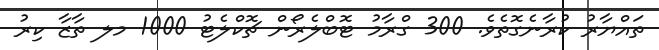
ތައްޔާރު ކުރާނެގޮތެވެ. 300 ގްރާމު ޓޮބްލެރޯން ޗޮކްލެޓު 1000 މލ ތާޒާ ކިރު